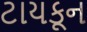
ટાયકૂન